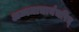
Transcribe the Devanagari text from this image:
अन्नमाचार्यचरित्